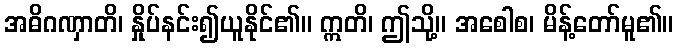
အဓိဂဏှာတိ၊ နှိုပ်နင်း၍ယူနိုင်၏။ ဣတိ၊ ဤသို့။ အစေါစ၊ မိန့်တော်မူ၏။